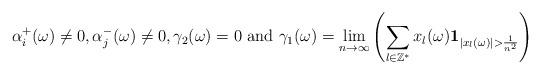
LaTeX: \begin{align*}\alpha_i^+(\omega)\ne 0, \alpha_j^-(\omega) \ne 0, \gamma_2(\omega)=0 \textnormal{ and } \gamma_1(\omega)=\lim_{n\to \infty} \left(\sum_{l \in \mathbb{Z}^*}^{}x_{l}(\omega) \textbf{1}_{|x_l(\omega)|>\frac{1}{n^2}}\right)\end{align*}